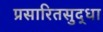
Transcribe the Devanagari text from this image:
प्रसारितसुद्धा